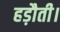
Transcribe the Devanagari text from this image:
हड़ौती।